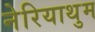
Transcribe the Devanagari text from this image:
नेरियाथुम